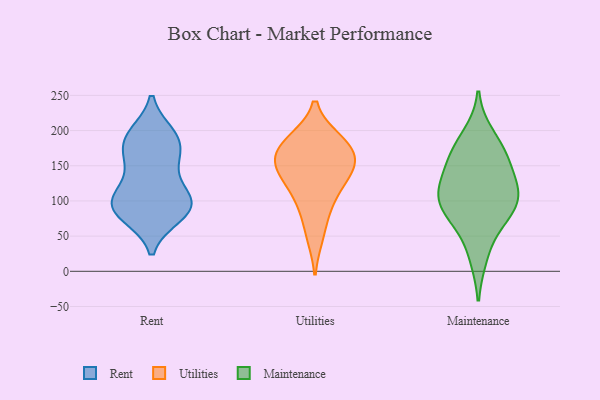
{"axis": {"x": "Backlog", "y": "Value"}, "legend": ["Maintenance", "Rent", "Utilities"], "data": [{"x": "", "y": 186, "type": "Rent"}, {"x": "", "y": 86, "type": "Rent"}, {"x": "", "y": 78, "type": "Rent"}, {"x": "", "y": 78, "type": "Rent"}, {"x": "", "y": 103, "type": "Rent"}, {"x": "", "y": 154, "type": "Rent"}, {"x": "", "y": 87, "type": "Rent"}, {"x": "", "y": 116, "type": "Rent"}, {"x": "", "y": 189, "type": "Rent"}, {"x": "", "y": 195, "type": "Rent"}, {"x": "", "y": 157, "type": "Rent"}, {"x": "", "y": 193, "type": "Rent"}, {"x": "", "y": 99, "type": "Rent"}, {"x": "", "y": 108, "type": "Rent"}, {"x": "", "y": 97, "type": "Rent"}, {"x": "", "y": 162, "type": "Rent"}, {"x": "", "y": 51, "type": "Utilities"}, {"x": "", "y": 162, "type": "Utilities"}, {"x": "", "y": 186, "type": "Utilities"}, {"x": "", "y": 146, "type": "Utilities"}, {"x": "", "y": 90, "type": "Utilities"}, {"x": "", "y": 184, "type": "Utilities"}, {"x": "", "y": 180, "type": "Utilities"}, {"x": "", "y": 150, "type": "Utilities"}, {"x": "", "y": 129, "type": "Utilities"}, {"x": "", "y": 153, "type": "Utilities"}, {"x": "", "y": 110, "type": "Utilities"}, {"x": "", "y": 193, "type": "Maintenance"}, {"x": "", "y": 84, "type": "Maintenance"}, {"x": "", "y": 111, "type": "Maintenance"}, {"x": "", "y": 120, "type": "Maintenance"}, {"x": "", "y": 107, "type": "Maintenance"}, {"x": "", "y": 168, "type": "Maintenance"}, {"x": "", "y": 21, "type": "Maintenance"}, {"x": "", "y": 115, "type": "Maintenance"}, {"x": "", "y": 161, "type": "Maintenance"}, {"x": "", "y": 67, "type": "Maintenance"}, {"x": "", "y": 87, "type": "Maintenance"}, {"x": "", "y": 157, "type": "Maintenance"}]}